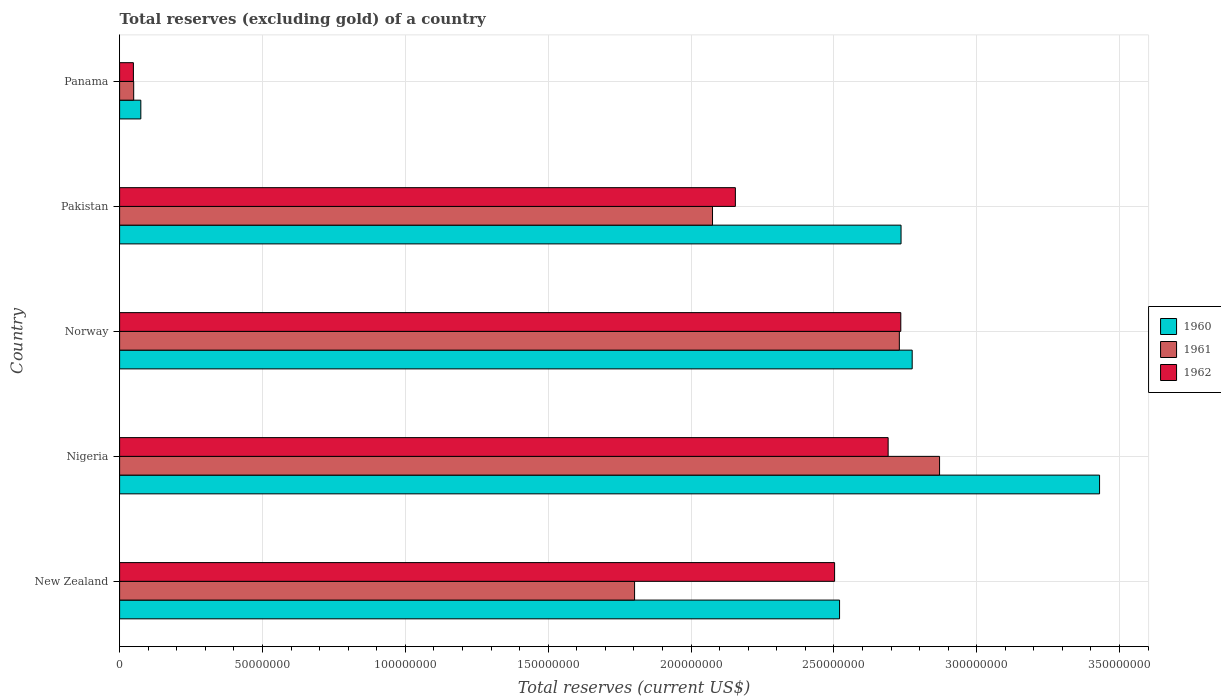
| Country | 1960 | 1961 | 1962 |
 | --- | --- | --- | --- |
 | New Zealand | 2.52e+08 | 1.8e+08 | 2.5e+08 |
 | Nigeria | 3.43e+08 | 2.87e+08 | 2.69e+08 |
 | Norway | 2.77e+08 | 2.73e+08 | 2.73e+08 |
 | Pakistan | 2.74e+08 | 2.08e+08 | 2.16e+08 |
 | Panama | 7.43e+06 | 4.93e+06 | 4.83e+06 |